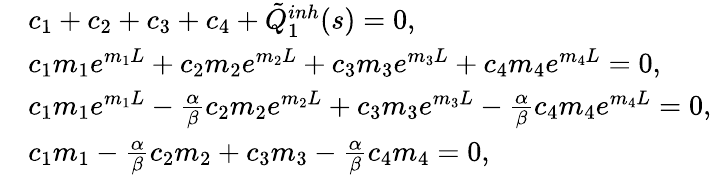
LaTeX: \begin{array}{rl}&{c_{1}+c_{2}+c_{3}+c_{4}+\tilde{Q}_{1}^{inh}(s)=0,}\\ &{c_{1}m_{1}e^{m_{1}L}+c_{2}m_{2}e^{m_{2}L}+c_{3}m_{3}e^{m_{3}L}+c_{4}m_{4}e^{m_{4}L}=0,}\\ &{c_{1}m_{1}e^{m_{1}L}-\frac{\alpha}{\beta}c_{2}m_{2}e^{m_{2}L}+c_{3}m_{3}e^{m_{3}L}-\frac{\alpha}{\beta}c_{4}m_{4}e^{m_{4}L}=0,}\\ &{c_{1}m_{1}-\frac{\alpha}{\beta}c_{2}m_{2}+c_{3}m_{3}-\frac{\alpha}{\beta}c_{4}m_{4}=0,}\end{array}